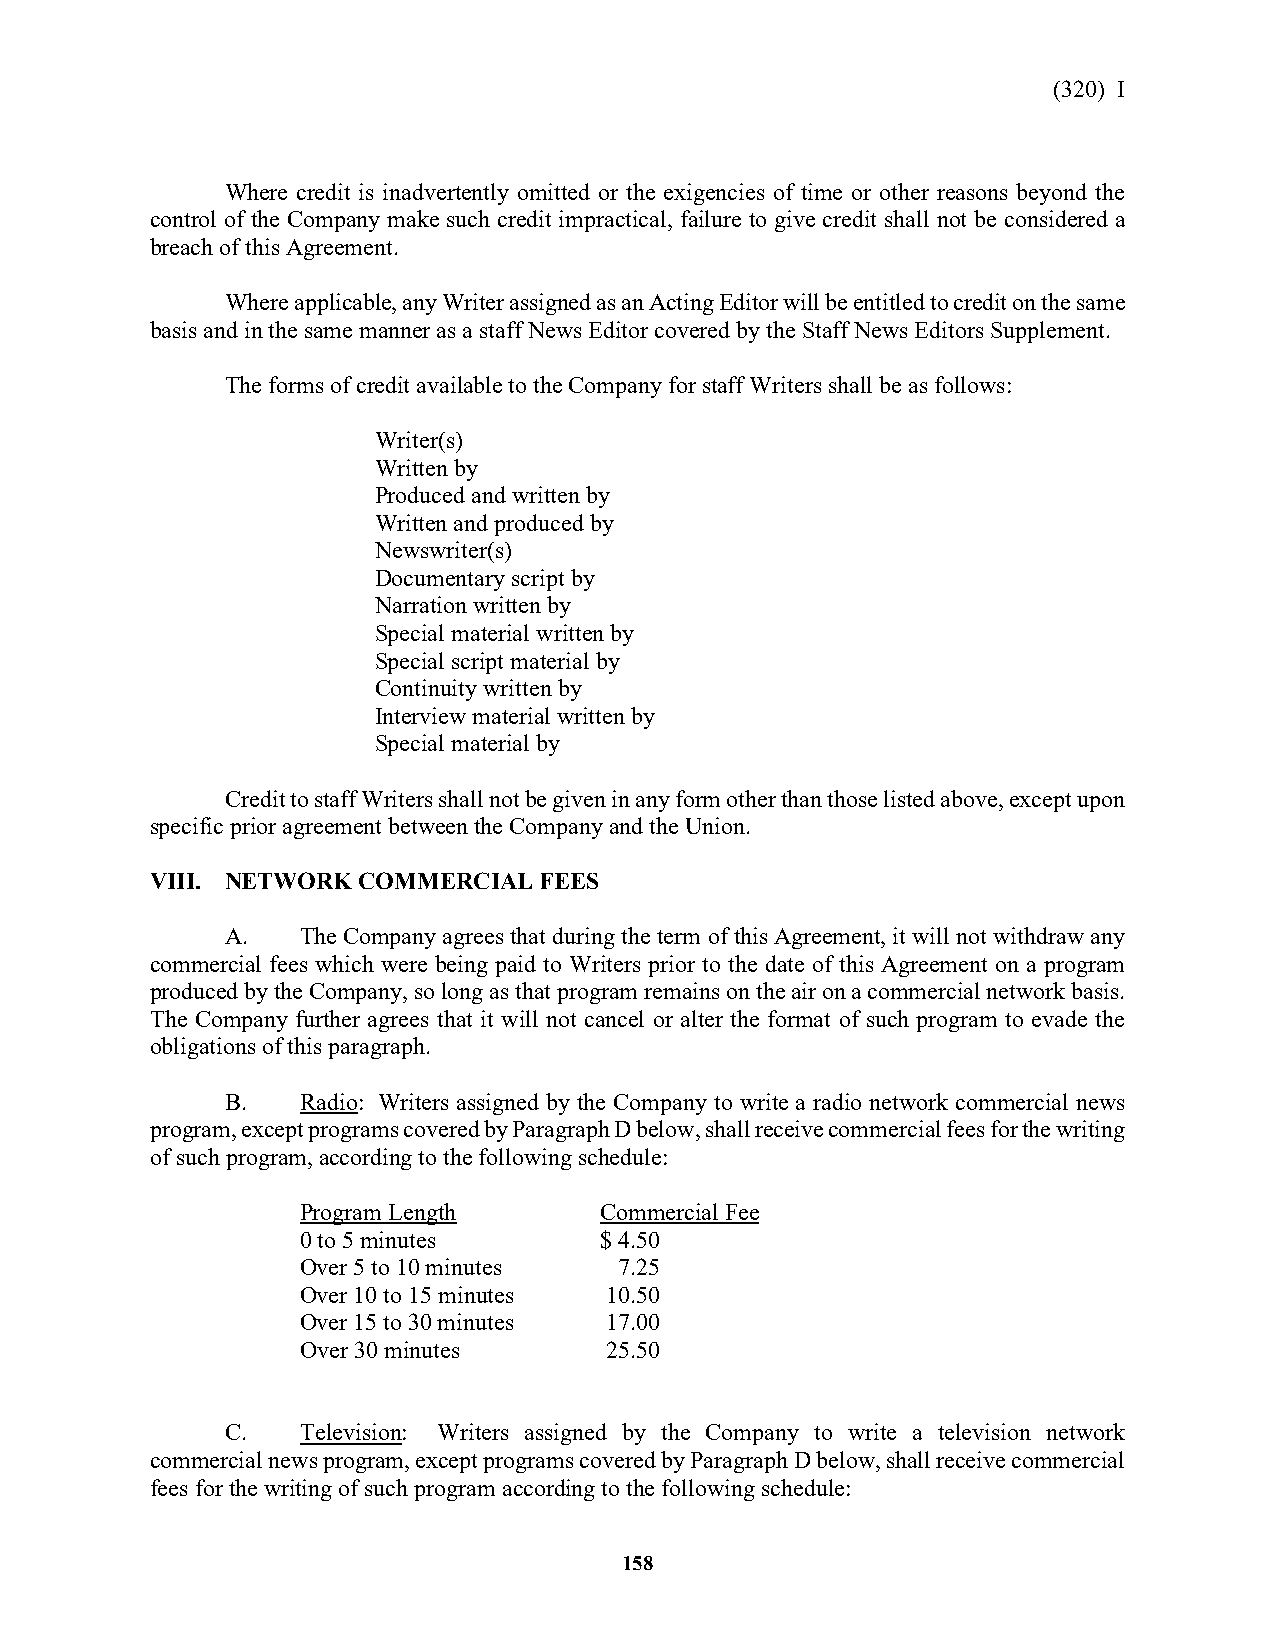
(320) I
 Where credit is inadvertently omitted or the exigencies of time or other reasons beyond the
 control of the Company make such credit impractical, failure to give credit shall not be considered a
 breach of this Agreement.
 Where applicable, any Writer assigned as an Acting Editor will be entitled to credit on the same
 basis and in the same manner as a staff News Editor covered by the Staff News Editors Supplement.
 The forms of credit available to the Company for staff Writers shall be as follows:
 Writer(s)
 Written by
 Produced and written by
 Written and produced by
 Newswriter(s)
 Documentary script by
 Narration written by
 Special material written by
 Special script material by
 Continuity written by
 Interview material written by
 Special material by
 Credit to staff Writers shall not be given in any form other than those listed above, except upon
 specific prior agreement between the Company and the Union.
 VIII. NETWORK COMMERCIAL  FEES
 A.   The Company agrees that during the term of this Agreement, it will not withdraw any
 commercial fees which were being paid to Writers prior to the date of this Agreement on a program
 produced by the Company, so long as that program remains on the air on a commercial network basis.
 The Company further agrees that it will not cancel or alter the format of such program to evade the
 obligations of this paragraph.
 B.   Radio: Writers assigned by the Company to write a radio network commercial news
 program, except programs covered by Paragraph D below, shall receive commercial fees for the writing
 of such program, according to the following schedule:
 Program Length      Commercial Fee
 0 to 5 minutes      $ 4.50
 Over 5 to 10 minutes 7.25
 Over 10 to 15 minutes 10.50
 Over 15 to 30 minutes 17.00
 Over 30 minutes     25.50
 C.   Television: Writers assigned by the Company to write a television network
 commercial news program, except programs covered by Paragraph D below, shall receive commercial
 fees for the writing of such program according to the following schedule:
 158